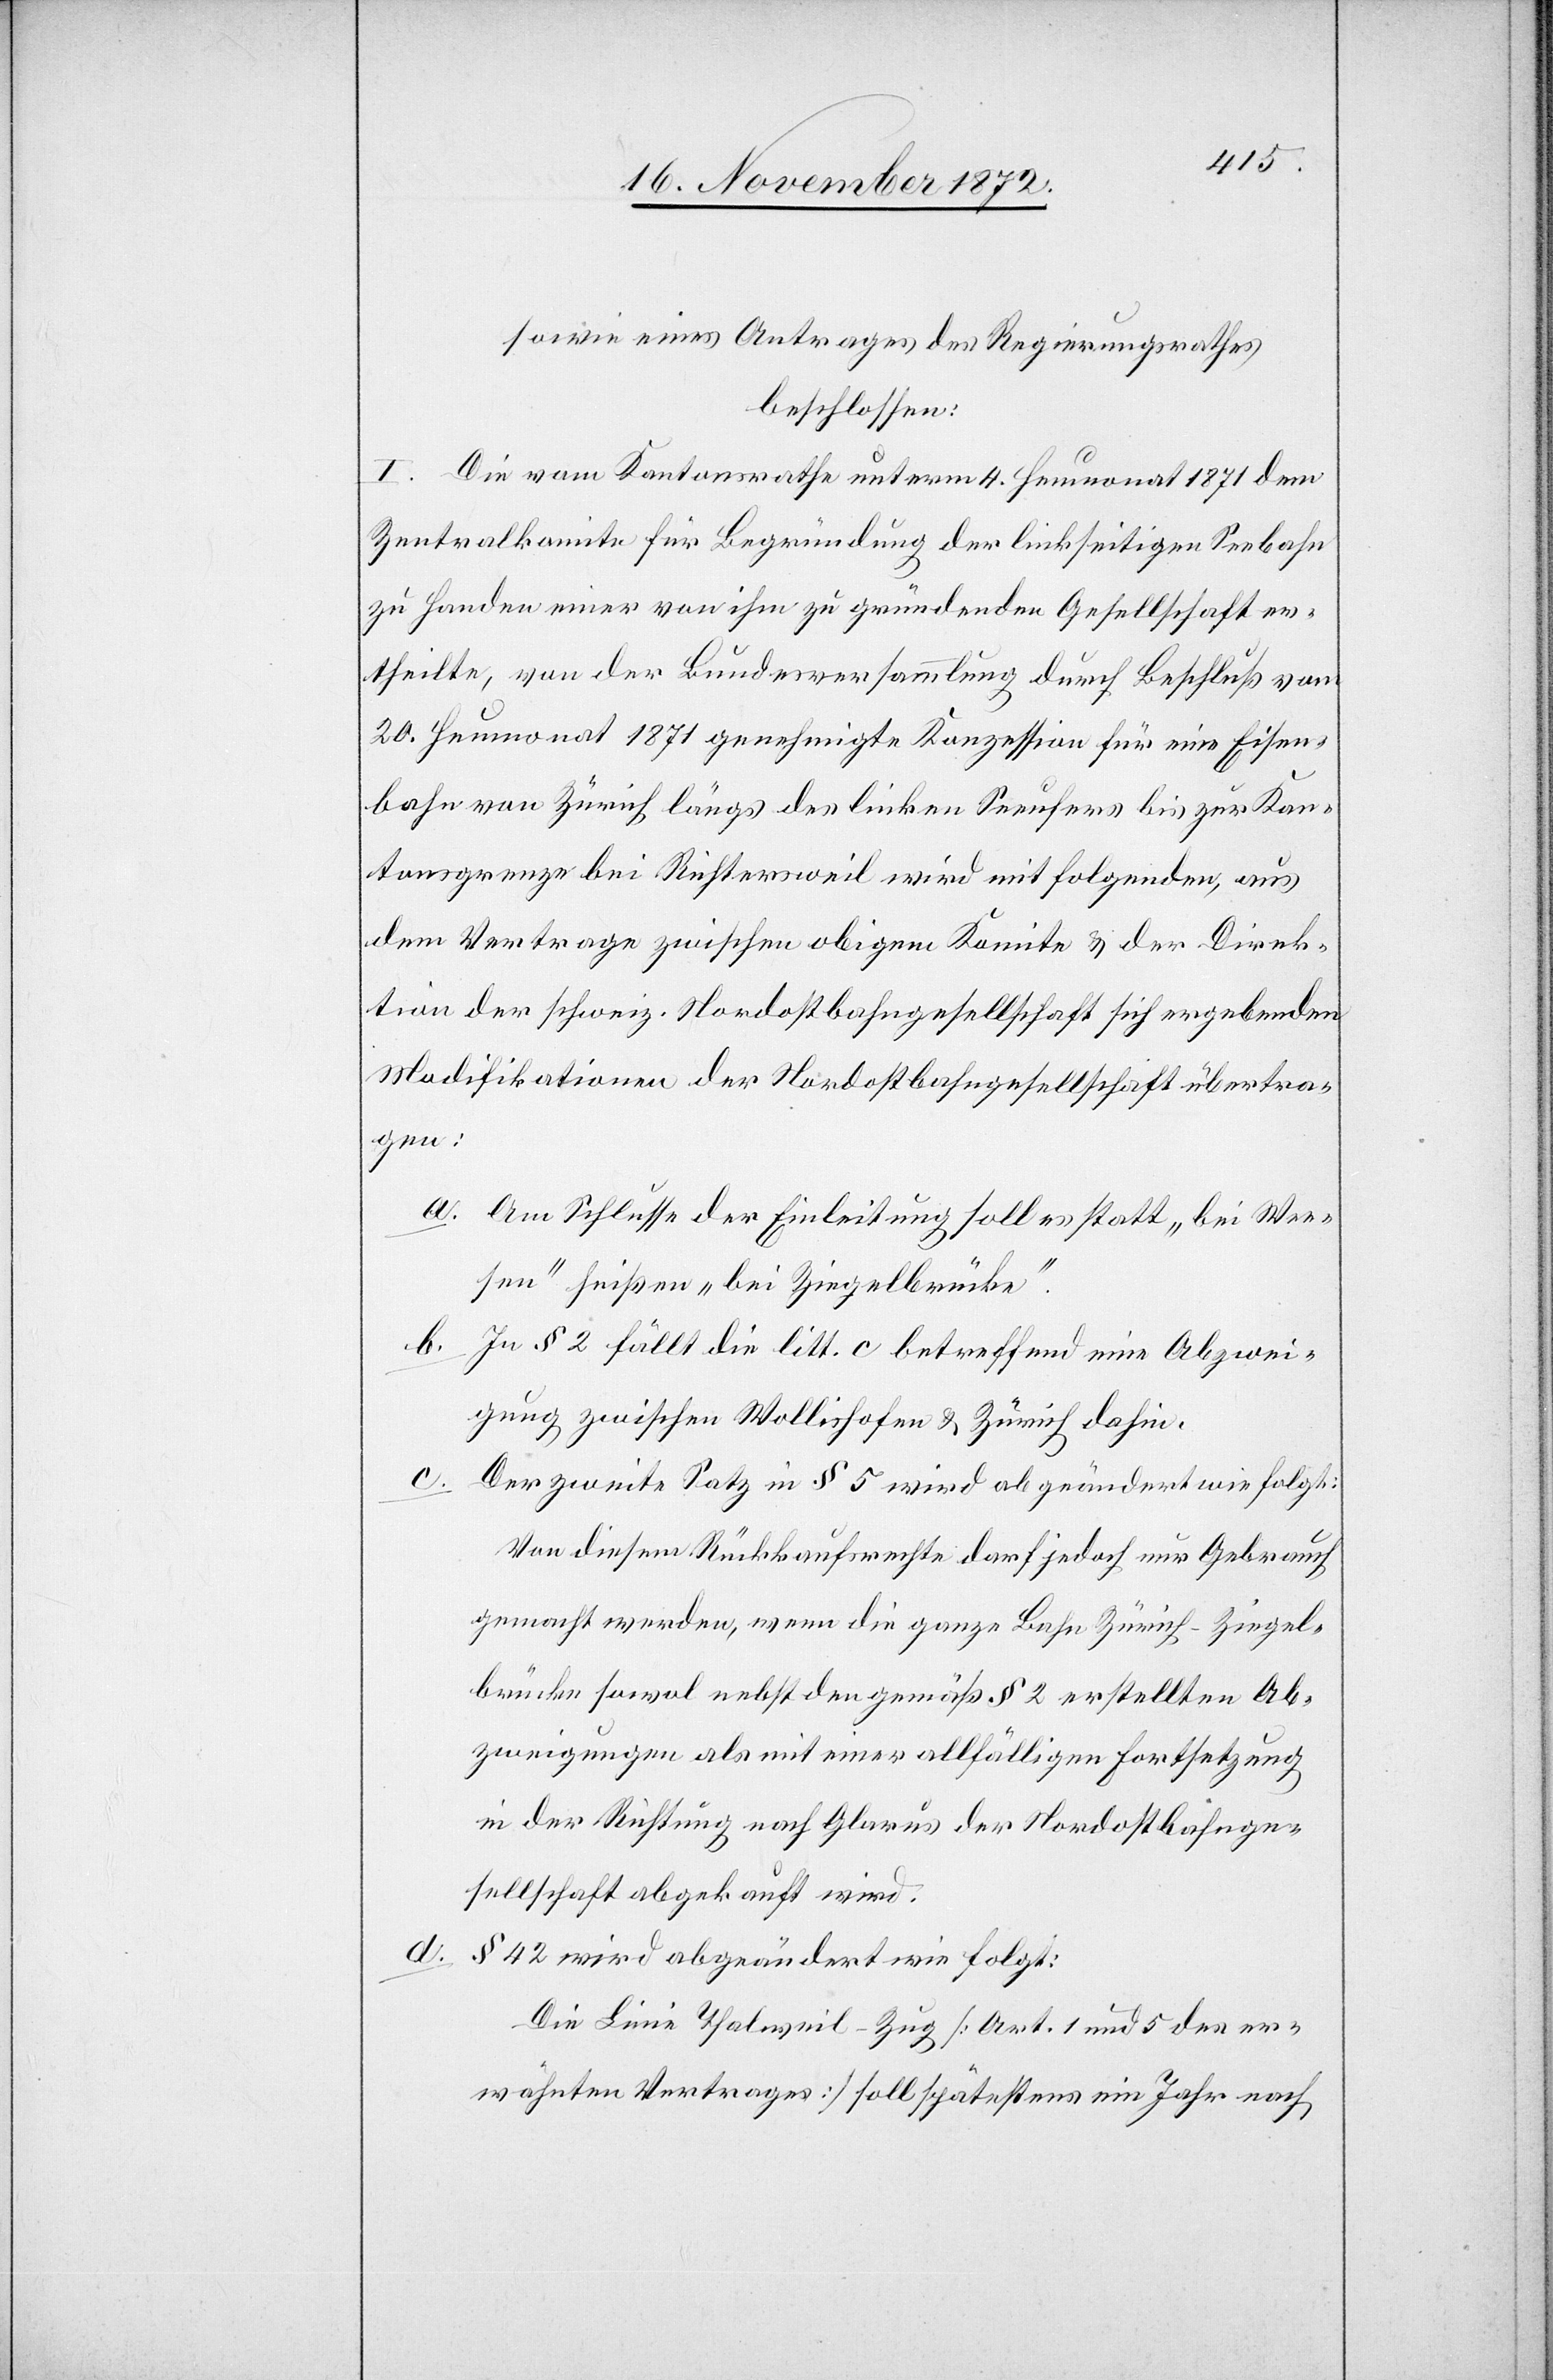
sowie eines Antrages des Regierungsrathes
beschlossen:
I. Die vom Kantonsrathe unterm 4. Heumonat 1871 dem
Zentralkomite für Begründung der linkseitigen Seebahn
zu Handen einer von ihm zu gründenden Gesellschaft er¬
theilte, von der Bundesversammlung durch Beschluß vom
20. Heumonat 1871 genehmigte Konzession für eine Eisen¬
bahn von Zürich längs des linken Seeufers bis zur Kan¬
tonsgrenze bei Richtersweil wird mit folgenden, aus
dem Vertrage zwischen obigem Komitee u. der Direk¬
tion der schweiz. Nordostbahngesellschaft sich ergebenden
Modifikationen der Nordostbahngesellschaft übertra¬
sen“
a. Am Schlusse der Einleitung soll es statt „bei Wee¬
[sic!] heißen „bei Ziegelbrücke“.
b. In § 2 fällt die litt. c betreffend eine Abzwei¬
gung zwischen Wollishofen u. Zürich dahin.
c.
Der zweite Satz in § 5 wird abgeändert wie folgt:
Von diesem Rückkaufsrechte darf jedoch nur Gebrauch
gemacht werden, wenn die ganze Bahn Zürich–Ziegel¬
brücke sowol nebst den gemäß § 2 erstellten Ab¬
zweigungen als mit einer allfälligen Fortsetzung
in der Richtung nach Glarus der Nordostbahnge¬
sellschaft abgekauft wird.
d. § 42 wird abgeändert wie folgt:
Die Linie Thalweil–Zug [Art. 1 und 5 des er¬
wähnten Vertrages] soll spätestens ein Jahr nach